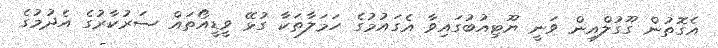
އެގޮތުން ގޫގުލްއިން ވަނީ ޔޫޓިއުބުގައިވާ އެގައުމުގެ ހަމަލާތަކާ ގުޅޭ ވީޑީއޯތައް ސަރުކާރުގެ އެދުމުގެ